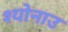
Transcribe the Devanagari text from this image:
श्योनाउ